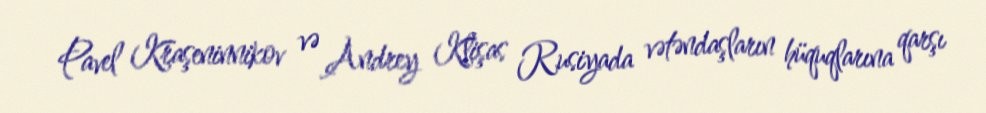
Pavel Kraşeninnikov və Andrey Klişas Rusiyada vətəndaşların hüquqlarına qarşı